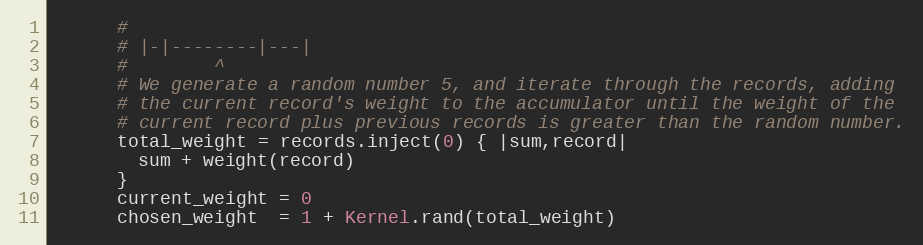
Language: Ruby
      #
      # |-|--------|---|
      #        ^
      # We generate a random number 5, and iterate through the records, adding
      # the current record's weight to the accumulator until the weight of the
      # current record plus previous records is greater than the random number.
      total_weight = records.inject(0) { |sum,record|
        sum + weight(record)
      }
      current_weight = 0
      chosen_weight  = 1 + Kernel.rand(total_weight)